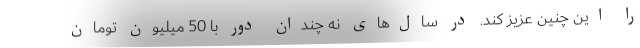
را این چنین عزیز کند. در سال‌های نه چندان دور با 50 میلیون تومان